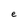
Character: e